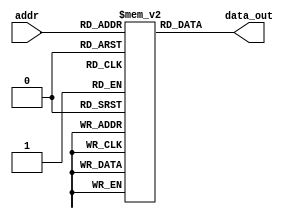
//////////////////////////////////////////////////////////////////////////////////
// Module: InstMem.v
// Project: Single Cycled RISC_V Processor
// Description: the memory for instructions
//////////////////////////////////////////////////////////////////////////////////

module InstMem (input [5:0] addr, output [31:0] data_out);
 reg [31:0] mem [0:63];
 assign data_out = mem[addr];
 initial begin
//        mem[0]=32'b0000000_00010_00011_000_00101_0110011 ; //add x5, x3, x2
//        mem[1]=32'b0000000_00101_00000_010_01100_0100011; //sw x5, 12(x0)
//        mem[2]=32'b000000001100_00000_010_00110_0000011 ; //lw x6, 12(x0)
//        mem[3]=32'b0000000_00001_00110_111_00111_0110011 ; //and x7, x6, x1
//        mem[4]=32'b0100000_00010_00001_000_01000_0110011 ; //sub x8, x1, x2
//        mem[5]=32'b0000000_00010_00001_000_00000_0110011 ; //add x0, x1, x2
//        mem[6]=32'b0000000_00001_00000_000_01001_0110011 ; //add x9, x0, x1
//        mem[7] = 32'b00000000000000000000000000000010; // addi x1, x0, 2
//        mem[8] = 32'b00000000000000000000000000001111; // fence 1, 1
//        mem[9] = 32'b00000000001000000001000000110011; // add x1, x1, x1
//        mem[10] = 32'b00000000000000000000000001110011; // ebreak
//        mem[11] = 32'b00000000001000000001000000110011; // add x1, x1, x1
//        mem[12] = 32'b00000000000000000000000000010011; // ecall
//        mem[13] = 32'b00000000000000000000000000010010; // addi x2, x0, 4

mem[0] = 32'b00000000010100000000000010010011;
mem[1] = 32'b00000000100000000000000100010011;
mem[2] = 32'b00000000001000001000000110110011;
mem[3] = 32'b01000000001000001000001000110011;
mem[4] = 32'b00000000001000001001001010110011;
mem[5] = 32'b00000000001000001010001100110011;
mem[6] = 32'b00000000001000001011001110110011;
mem[7] = 32'b00000000001000001100010000110011;
mem[8] = 32'b00000000001000001101010010110011;
mem[9] = 32'b01000000001000001101010100110011;
mem[10] = 32'b00000000001000001110010110110011;
mem[11] = 32'b00000000001000001111011000110011;
mem[12] = 32'b00000000010100001000011010010011;
mem[13] = 32'b00000000100000010010011100010011;
mem[14] = 32'b00000000001000001011011110010011;
mem[15] = 32'b00000000101000010100100000010011;
mem[16] = 32'b00000000100000001110100010010011;
mem[17] = 32'b00000000001100010111100100010011;
mem[18] = 32'b00000000100100001001100110010011;
mem[19] = 32'b01000000001000010101101000010011;
mem[20] = 32'b00000000000100001101101010010011;
mem[21] = 32'b00000000001100000000100110010011;
mem[22] = 32'b11111111110000000000101000010011;
mem[23] = 32'b00000001000000000000101010010011;
mem[24] = 32'b00000001000000000000101010010011;
mem[25] = 32'b00000000100000000000000100010011;
mem[26] = 32'b00000000000100001101101010010011;
mem[27] = 32'b00001111111100000000110000010011;
mem[28] = 32'b00000100110010100000110010010011;
mem[29] = 32'b00000000101110111000110100110111;

        
   end

endmodule